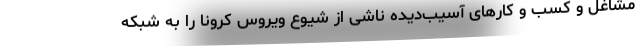
مشاغل و کسب و کارهای آسیب‌دیده ناشی از شیوع ویروس کرونا را به شبکه